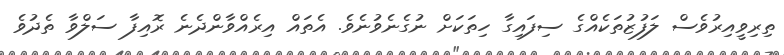
ތިރިވީއިރުވެސް ލަފުޒުތަކެއްގެ ސިފައިގާ ހިތަކަށް ނުގެނެވުނެވެ. އެތައް އިރެއްވާންދެނެ ރޮއިފާ ސަލްވާ ތެދުވެ